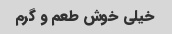
خیلی خوش طعم و گرم